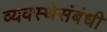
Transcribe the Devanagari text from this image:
व्यवस्थेसंबंधी